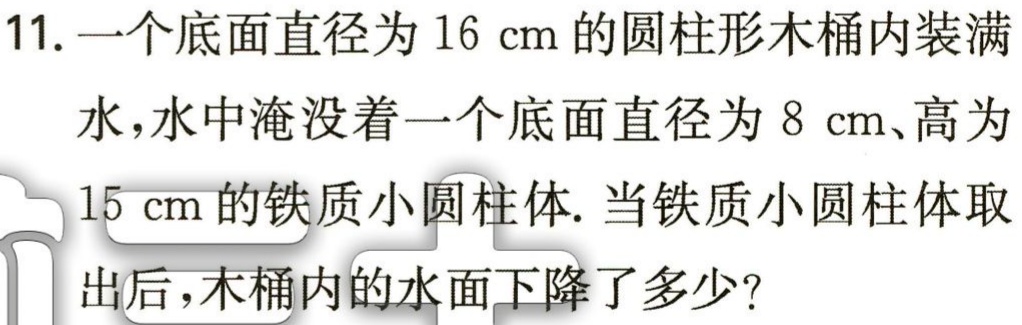
11. 一个底面直径为 \(16\mathrm{cm}\) 的圆柱形木桶内装满

水，水中淹没着一个底面直径为 \(8\mathrm{cm}\)、高为

\(15\mathrm{cm}\) 的铁质小圆柱体. 当铁质小圆柱体取

出后，木桶内的水面下降了多少?